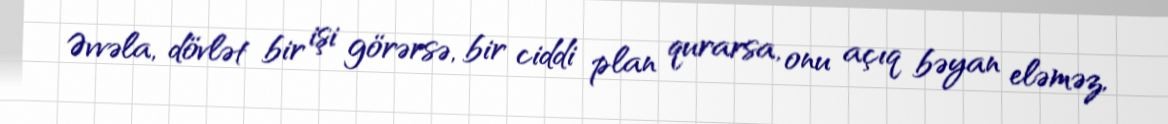
Əvvəla, dövlət bir işi görərsə, bir ciddi plan qurarsa, onu açıq bəyan eləməz,